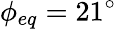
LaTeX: \phi_{eq}=21^{\circ}